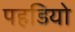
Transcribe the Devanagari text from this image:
पहडियो